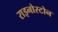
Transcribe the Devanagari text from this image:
राइनोस्टोन